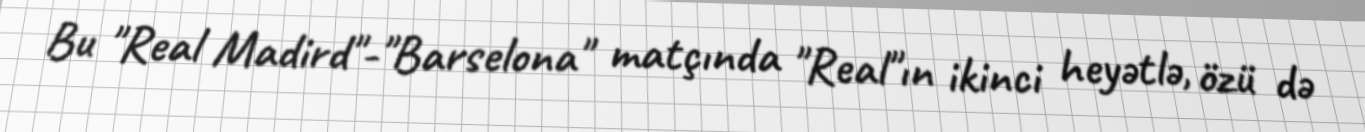
Bu "Real Madird"-"Barselona" matçında "Real"ın ikinci heyətlə, özü də